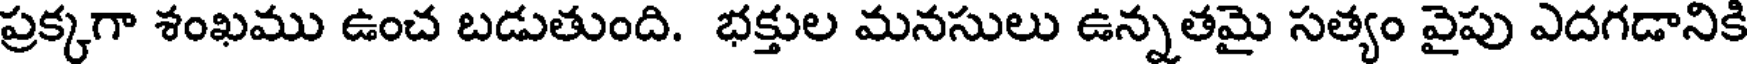
ప్రక్కగా శంఖము ఉంచ బడుతుంది. భక్తుల మనసులు ఉన్నతమై సత్యం వైపు ఎదగడానికి